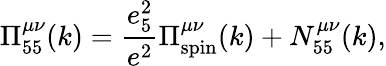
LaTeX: \Pi_{55}^{\mu\nu}(k)={\frac{e_{5}^{2}}{e^{2}}}\Pi_{\mathrm{spin}}^{\mu\nu}(k)+N_{55}^{\mu\nu}(k),